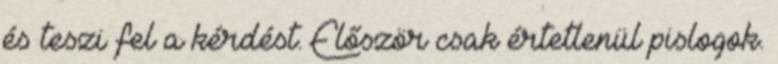
és teszi fel a kérdést. Először csak értetlenül pislogok.